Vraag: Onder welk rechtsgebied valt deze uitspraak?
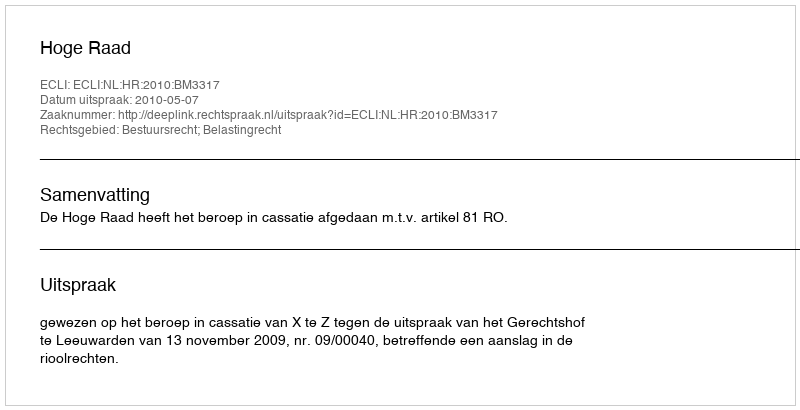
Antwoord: Bestuursrecht; Belastingrecht